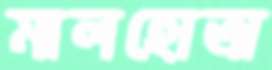
মালহোত্রা